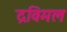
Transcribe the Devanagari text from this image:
द्रविमल